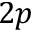
2 p